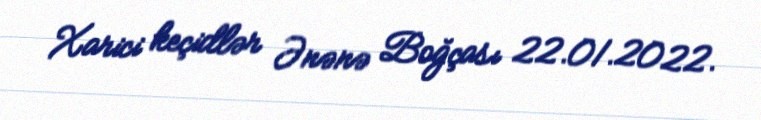
Xarici keçidlər Ənənə Boğçası 22.01.2022.